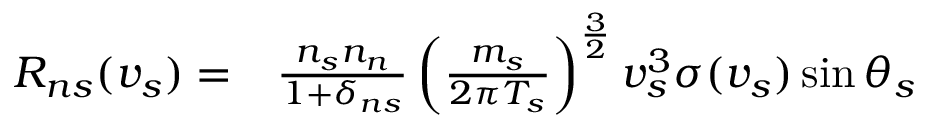
\begin{array} { r l } { R _ { n s } ( v _ { s } ) = } & { { } \frac { n _ { s } n _ { n } } { 1 + \delta _ { n s } } \left( \frac { m _ { s } } { 2 \pi T _ { s } } \right) ^ { \frac { 3 } { 2 } } v _ { s } ^ { 3 } \sigma ( v _ { s } ) \sin \theta _ { s } } \end{array}